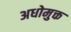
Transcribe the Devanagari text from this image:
अधोमुक्त